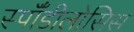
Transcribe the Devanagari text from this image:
स्पॉँडीलोसिस